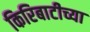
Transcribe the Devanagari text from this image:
किरिबाटीच्या